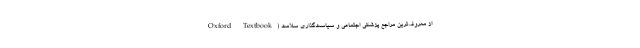
از معروف‌ترین مراجع پزشکی اجتماعی و سیاست‌گذاری سلامت (Oxford Textbook